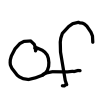
Text: of
Cross-out: clean
Writing tool: digital_black